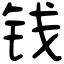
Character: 钱